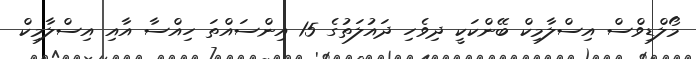
މޯލްޑިވްސް އިސްލާމިކް ބޭންކަކީ ދިވެހި ދައުލަތުގެ 15 އިންސައްތަ ހިއްސާ އާއި އިސްލާމިކް